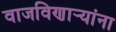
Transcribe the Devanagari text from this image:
वाजविणार्‍यांना